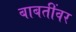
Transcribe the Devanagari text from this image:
बाबतींवर